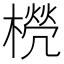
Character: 橩